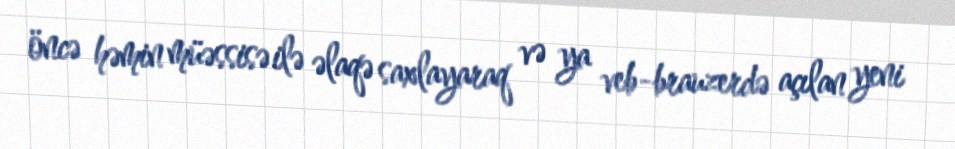
öncə həmin müəssisə ilə əlaqə saxlayaraq və ya veb-brauzerdə açılan yeni